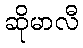
ဆိုမာလီ